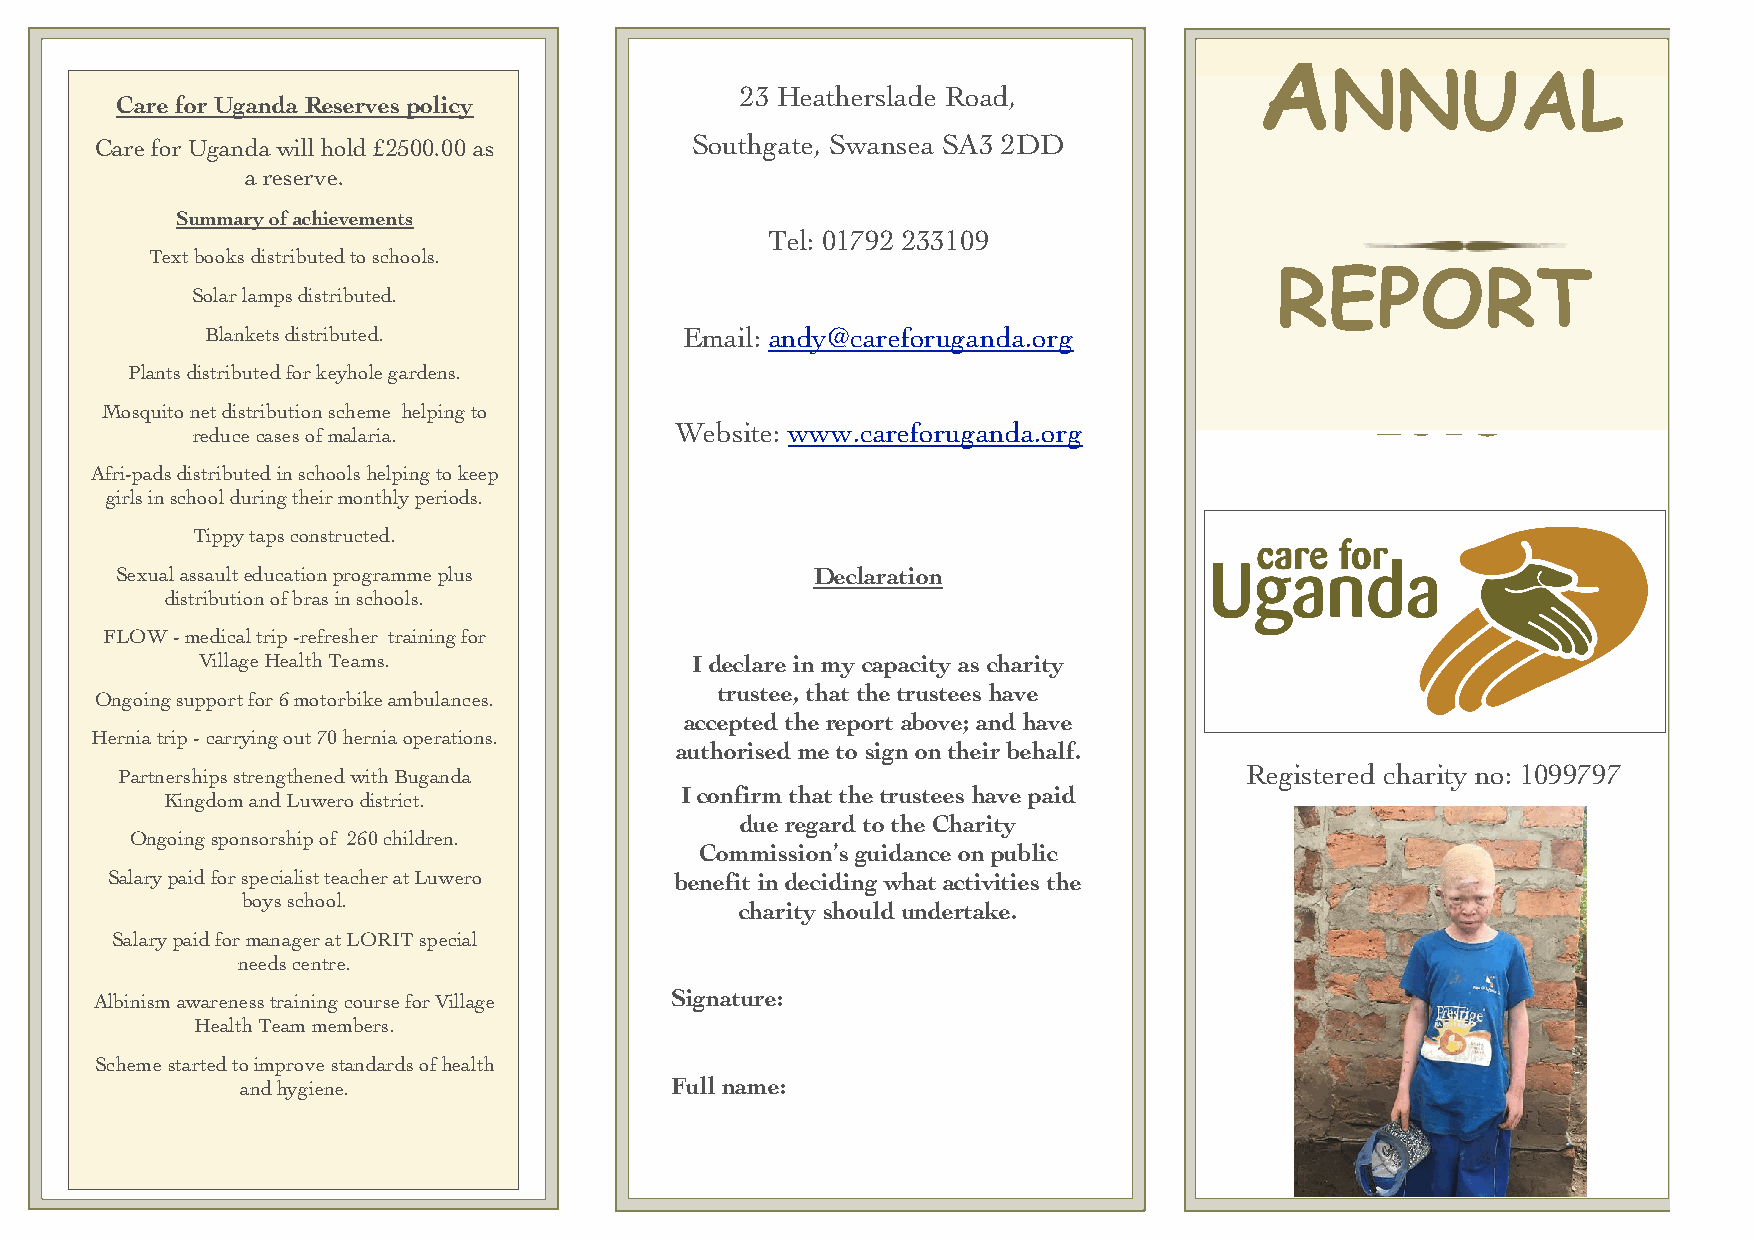
A
 NNUAL
 23 Heatherslade Road,
 Care for Uganda Reserv es policy
 Care for Uganda will hold £2500.00 as   Southgate, Swansea SA3 2DD
 a reserve.
 Summary of achievements
 Tel: 01792 233109
 Text books distributed to schools.
 REPORT
 Solar lamps distributed.
 Blankets distributed.          Email: andy@careforuganda.org
 Plants distributed for keyhole gardens.
 2018
 Mosquito net distribution scheme helping to
 reduce cases of malaria.        Website: www.careforuganda.org
 Afri-pads distributed in schools helping to keep
 girls in school during their monthly periods.
 Tippy taps constructed.
 Sexual assault education programme plus       Declaration
 distribution of bras in schools.
 FLOW - medical trip -refresher training for
 Village Health Teams.            I declare in my capacity as charity
 trustee, that the trustees have
 Ongoing support for 6 motorbike ambulances.
 accepted the report above; and have
 Hernia trip - carrying out 70 hernia operations.
 authorised me to sign on their behalf.
 Partnerships strengthened with Buganda                                     Registered charLitoyr nemo: 1099797
 I confirm that the trustees have paid
 Kingdom and Luwero district.                                               Consectetur adipiscing elit, set eiusmod
 due regard to the Charity
 Ongoing sponsorship of 260 children.
 Commission’s guidance on public
 Salary paid for specialist teacher at Luwero benefit in deciding what activities the
 boys school.
 charity should undertake.
 Salary paid for manager at LORIT special
 needs centre.
 Albinism awareness training course for Village Signature:
 Health Team members.
 Scheme started to improve standards of health
 and hygiene.                Full name: